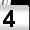
Digit: 4